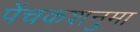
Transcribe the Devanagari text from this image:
पेंचकशनुमा